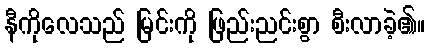
နီကိုလေသည် မြင်းကို ဖြည်းညင်းစွာ စီးလာခဲ့၏။